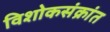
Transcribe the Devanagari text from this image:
विशोकसंक्रांत